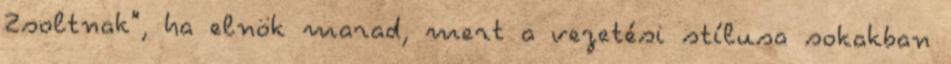
Zsoltnak", ha elnök marad, mert a vezetési stílusa sokakban